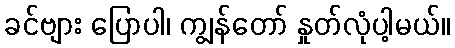
ခင်ဗျား ပြောပါ၊ ကျွန်တော် နှုတ်လုံပါ့မယ်။